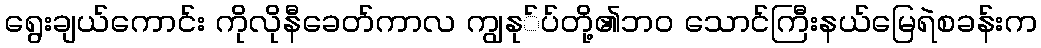
ရွေးချယ်ကောင်း ကိုလိုနီခေတ်ကာလ ကျွနု်ပ်တို့၏ဘ၀ သောင်ကြီးနယ်မြေရဲစခန်းက